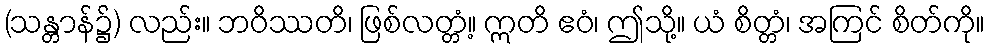
(သန္တာန်၌) လည်း။ ဘဝိဿတိ၊ ဖြစ်လတ္တံ့။ ဣတိ ဧဝံ၊ ဤသို့။ ယံ စိတ္တံ၊ အကြင် စိတ်ကို။